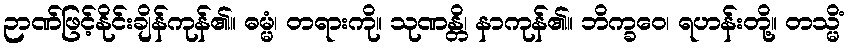
ဉာဏ်ဖြင့်နိုင်းချိန်ကုန်၏။ ဓမ္မံ၊ တရားကို။ သုဏန္တိ၊ နာကုန်၏။ ဘိက္ခဝေ၊ ရဟန်းတို့။ တသ္မိံ